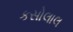
કસોલાલ